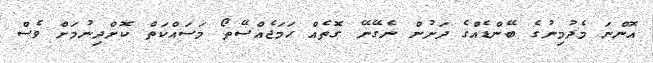
އޮންނަ މެދުމިނުގެ ބޭންޑެއްގެ ދަށުން ނެގޭނޭ ގޮތެއް ހަމަޖެއްސޭތޯ މަސައްކަތް ކޮށްދިނުމަށް ވެސް